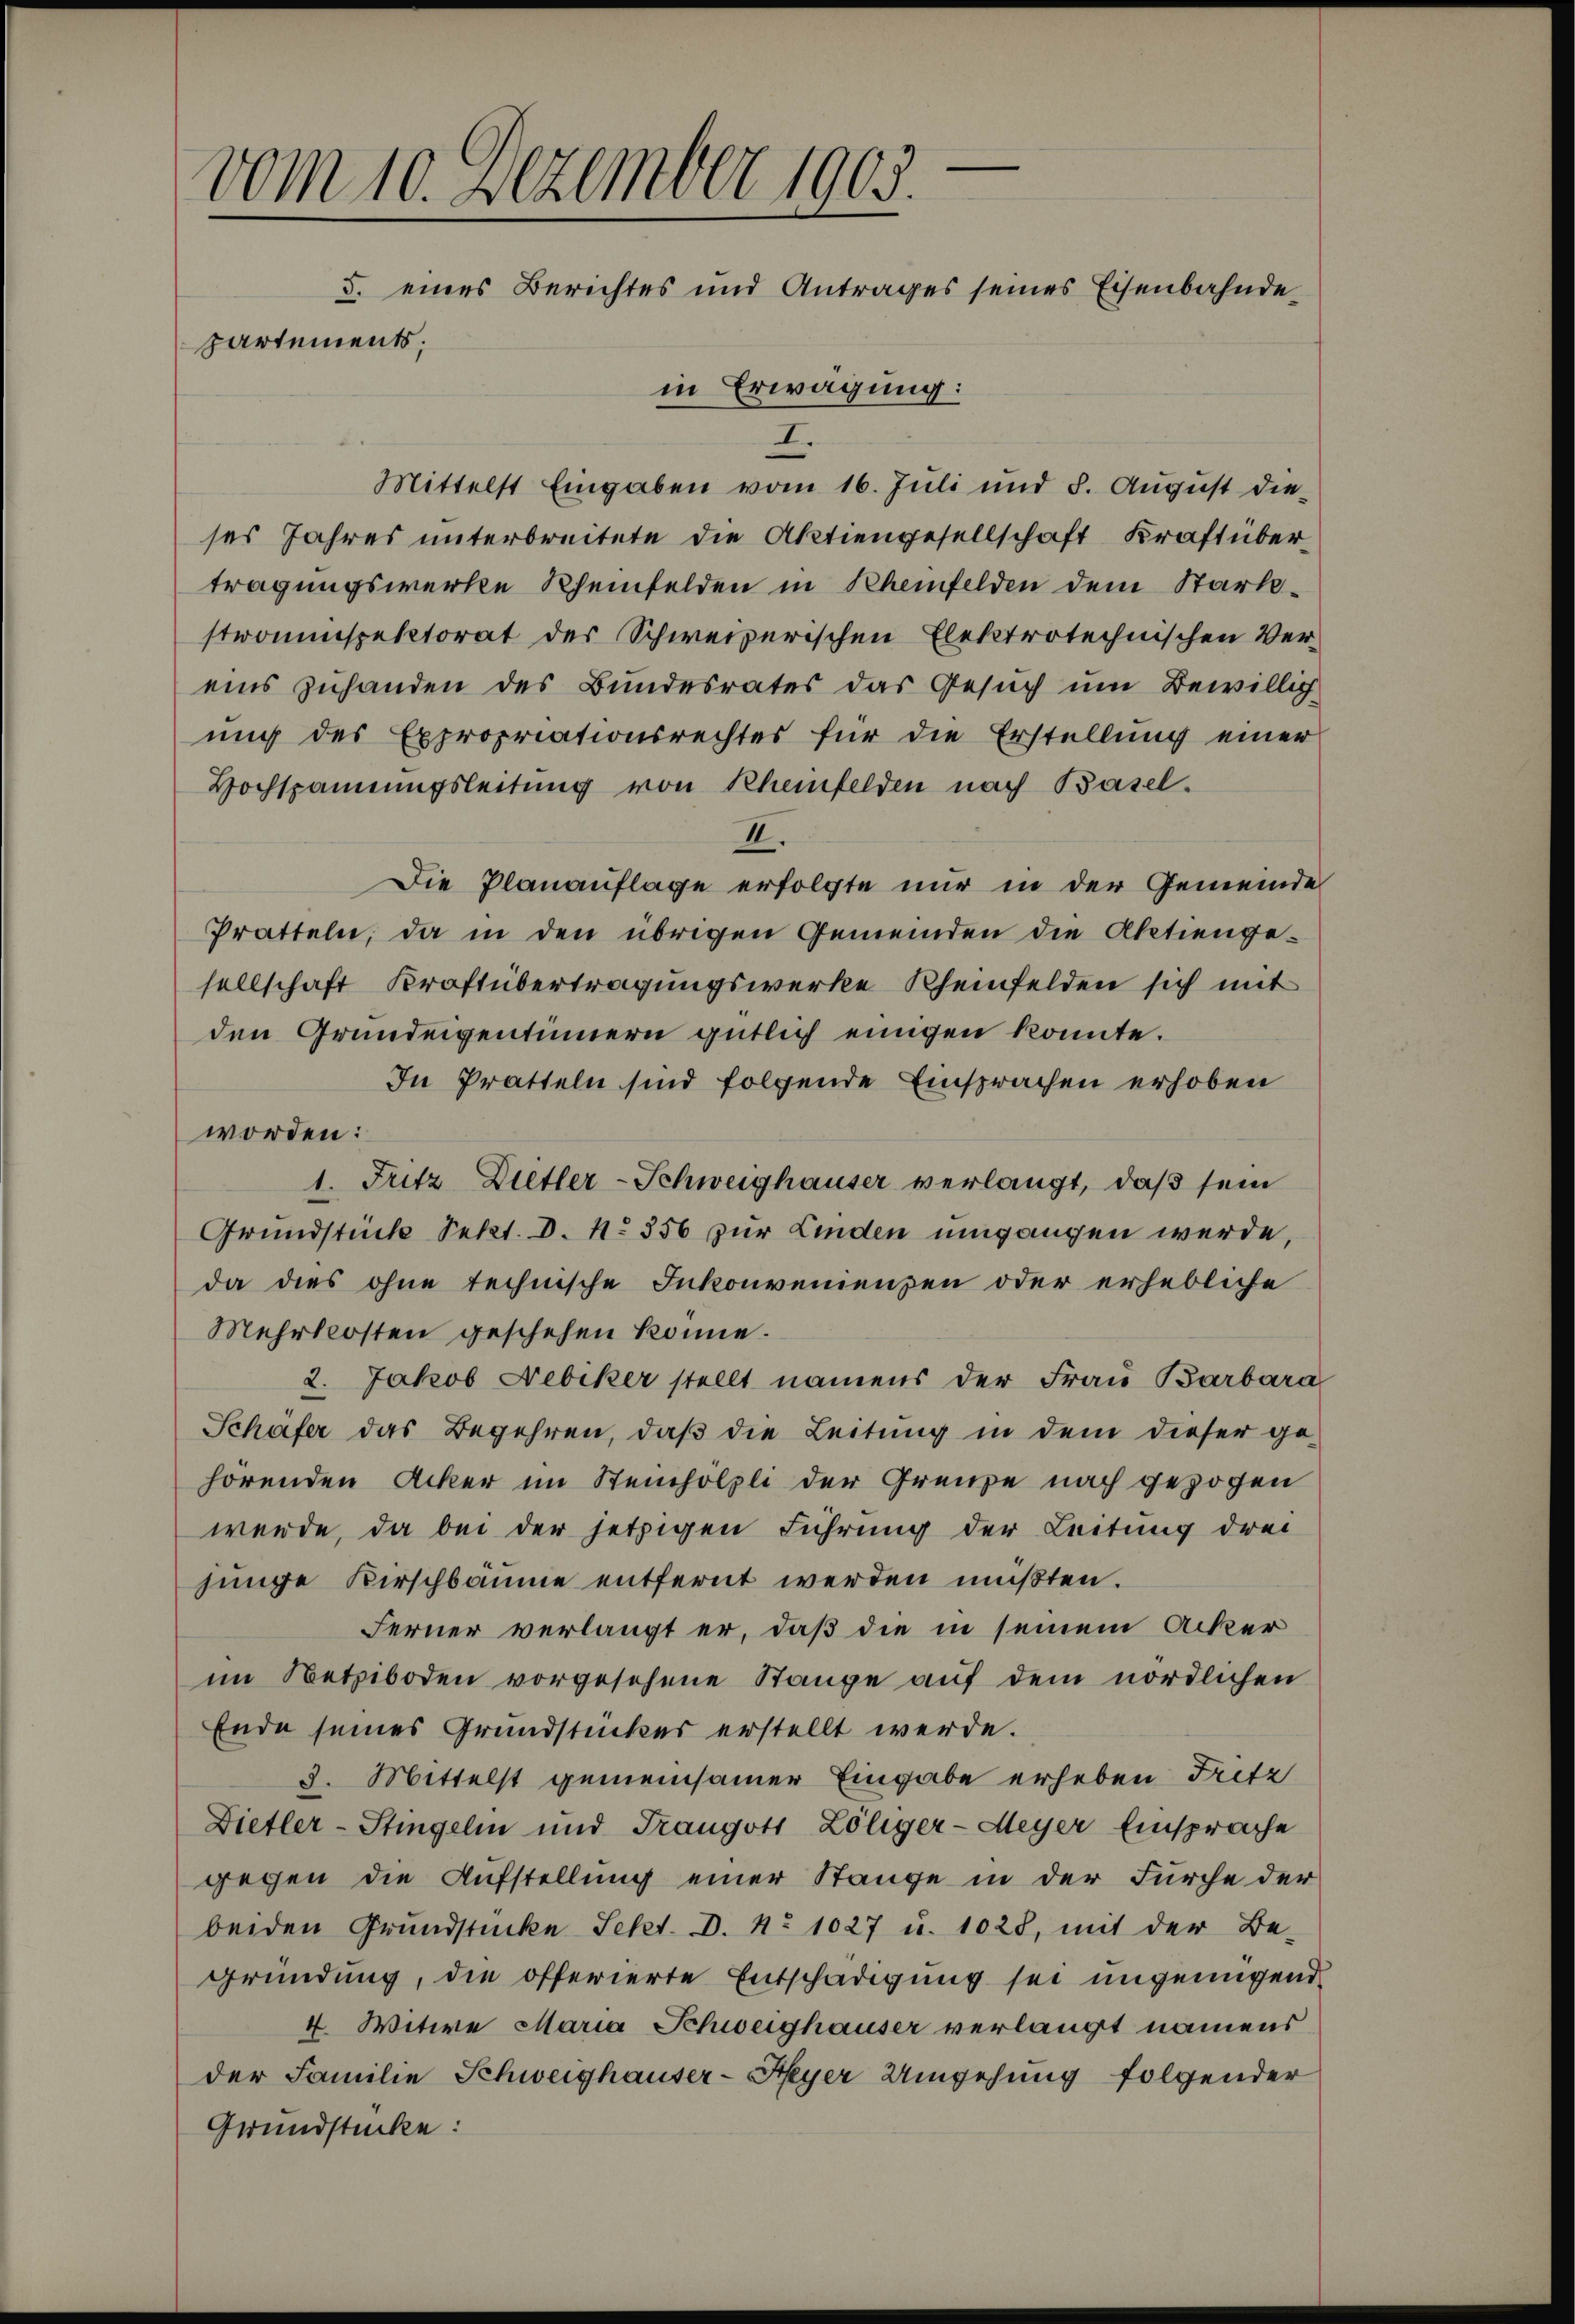
—
vom 10. Dezember 1903.
5. eines Berichtes und Antrages seines Eisenbahnde
partements;
in Erwägung:

I.
Mittelst Eingaben vom 16. Juli und 8. August die
ses Jahres unterbreitete die Aktiengesellschaft Kraft übertragungswerke Rheinfelden in Rheinfelden dem Startestromiespektorat der Schweizerischen Elektrotechnischen Vereins zuhanden des Bundesrates das Gesuch um Bewillig
ung des Expropriationsrechtes für die Erstellung einer
Hochspannungsleitung von Rheinfelden nach Basel.
II.
Die Planauflage erfolgte nur in der Gemeinde
Pratteln, da in den übrigen Gemeinden die Aktiengesellschaft Kraftübertragungswerke Rheinfelden sich mit
den Grundeigentümern gütlich einigen konnte.
In Pratteln sind folgende Einsprachen erhoben
worden:
1. Fritz Dietler-Schweighauser verlangt, daß sein
Grundstück Sekt. D. No 356 zur Linden umgangen werde,
da dies ohne technische Inkonvenienzen oder erhebliche
Mehrkosten geschehen könne.
2. Jakob Nebiker stellt namens der Frau Barbara
Schäfer das Begehren, daβ die Leitung in dem dieser ge-
hörenden Acker im Steinhölzli der Grenze nach gezogen
werde, da bei der jetzigen Führung der Leitung drei
junge Kirschbäume entfernt werden mußten.
Ferner verlangt er, daß die in seinem Acker
im Netziboden vorgesehene Stange auf dem nördlichen
Ende seines Grundstückes erstellt werde.
3. Mittelst gemeinsamer Eingabe erheben Fritz
Dietler-Stingelin und Trangott Zöliger-Meyer Einsprache
gegen die Aufstellung einer Stange in der Furche der
beiden Grundstücke Sekt. D. No 1027 u. 1028, mit der Be-
gründung, die offerierte Entschädigung sei ungenügend
4. Witwe Maria Schweighauser verlangt namens
der Familie Schweighauser-Meyer Umgehung folgender
Grundstücke: